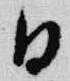
日